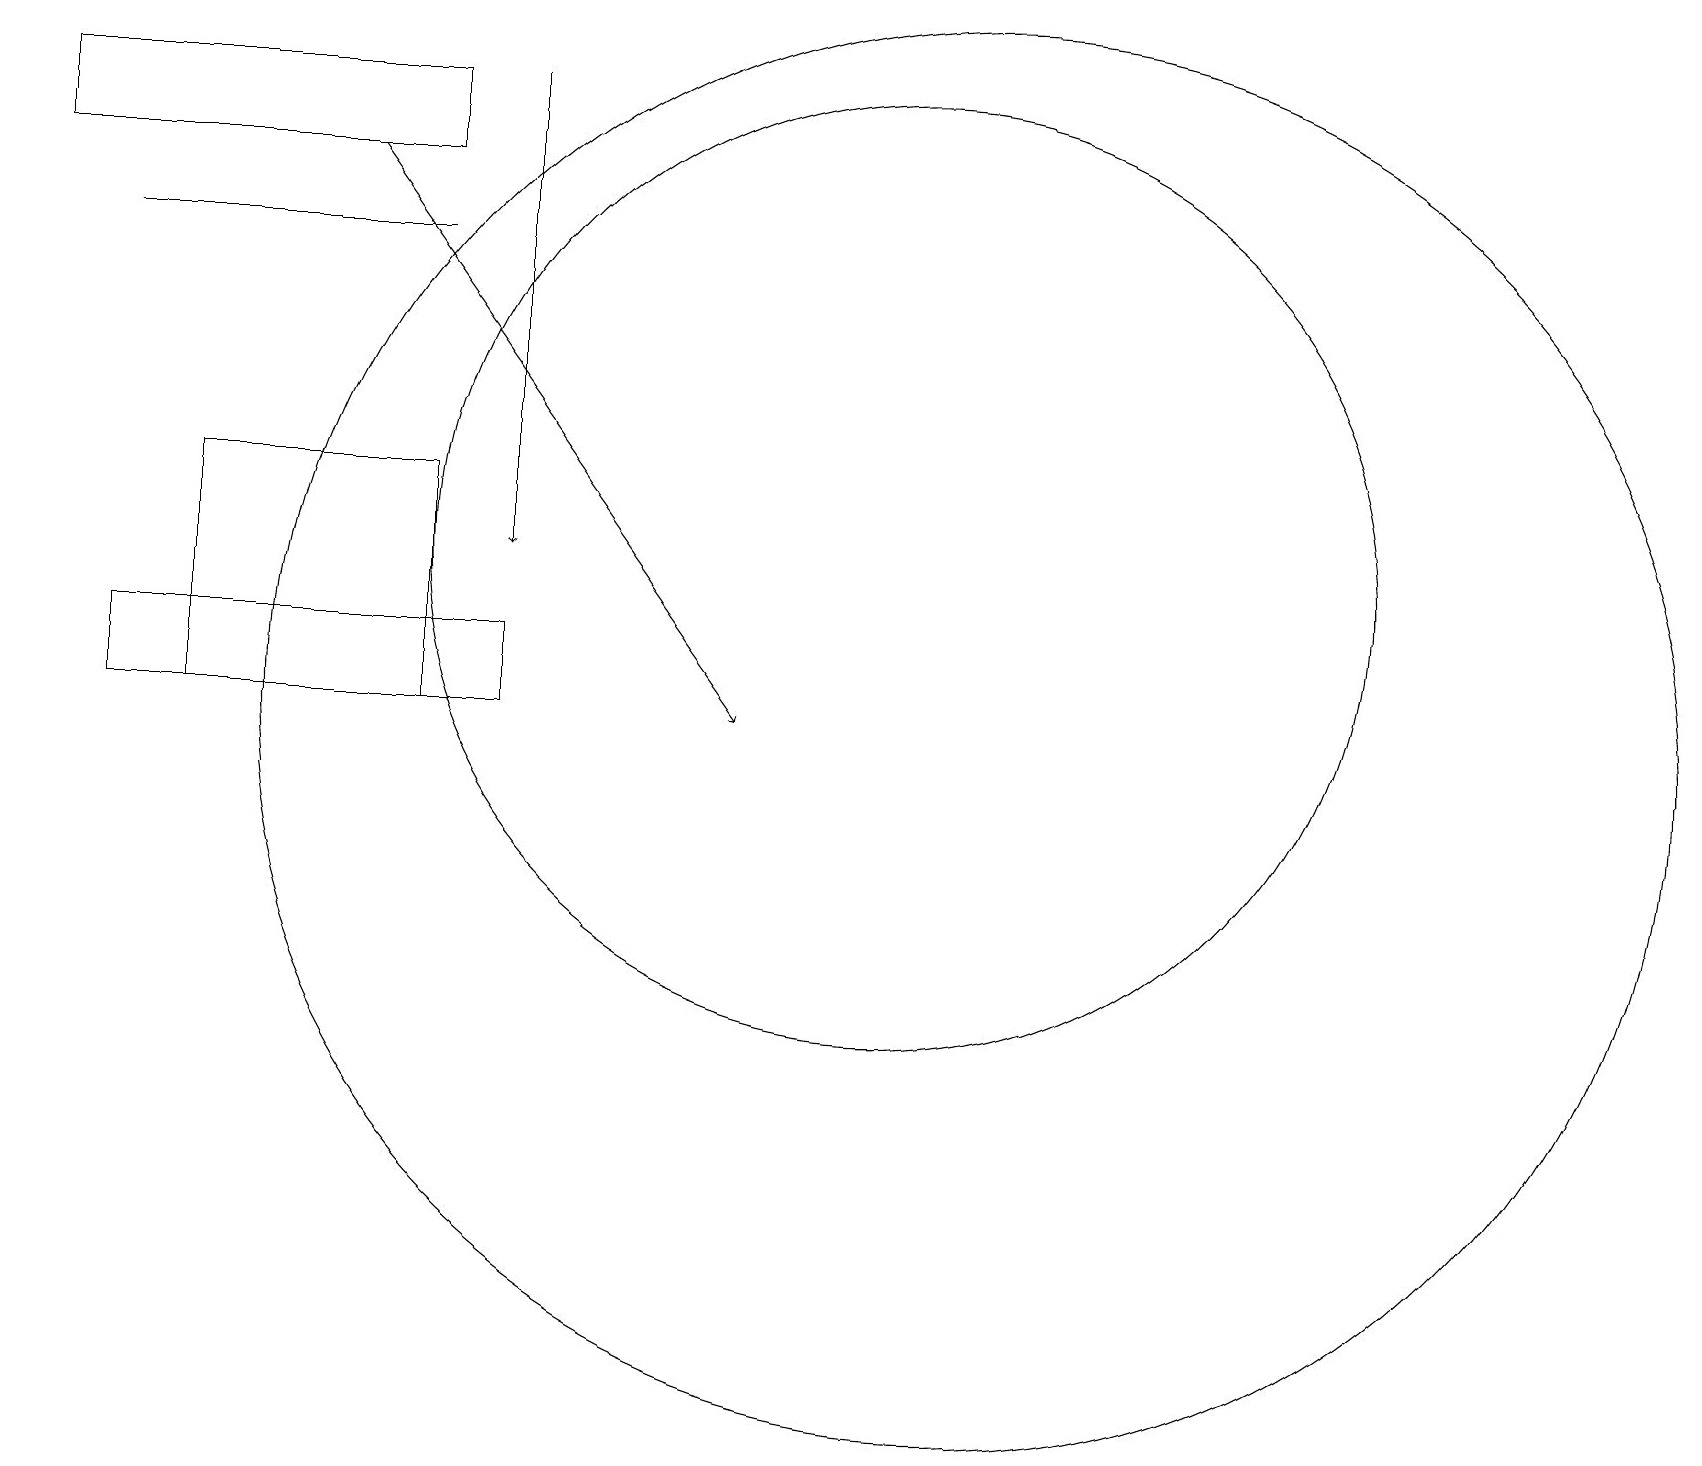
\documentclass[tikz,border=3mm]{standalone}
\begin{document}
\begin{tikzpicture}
\draw (5,10) rectangle (2,13);
\draw (5,17) rectangle (0,18);
\draw (1,16) rectangle (5,16);
\draw[->] (6,18) -- (6,12);
\draw (12,10) circle (9);
\draw (11,12) circle (6);
\draw (1,10) rectangle (6,11);
\draw[->] (4,17) -- (9,10);
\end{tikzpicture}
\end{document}